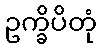
ဥက္ခိပိတုံ